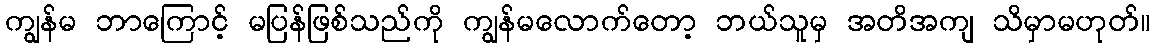
ကျွန်မ ဘာကြောင့် မပြန်ဖြစ်သည်ကို ကျွန်မလောက်တော့ ဘယ်သူမှ အတိအကျ သိမှာမဟုတ်။